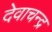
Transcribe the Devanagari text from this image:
देवाचन्द्र